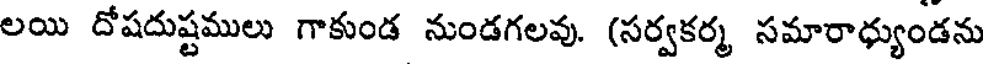
లయి దోషదుష్టములు గాకుండ నుండగలవు. (సర్వకర్మ సమారాధ్యుండను